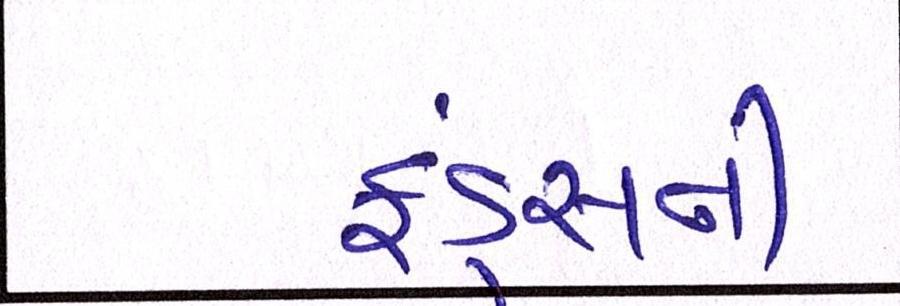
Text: ફંડ્સની